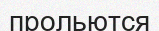
прольются